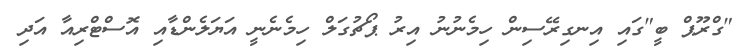
"ގްރޫޕް ބީ"ގައި އިނގިރޭސިން ހިމެނުނު އިރު ޕޯޗުގަލް ހިމެނެނީ އަޔަލެންޑާއި އޮސްޓްރިއާ އަދި